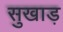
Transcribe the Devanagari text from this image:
सुखाड़